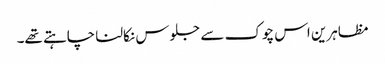
مظاہرین اس چوک سے جلوس نکالنا چاہتے تھے۔